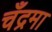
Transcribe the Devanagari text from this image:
चँद्रमा